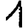
Digit: 1